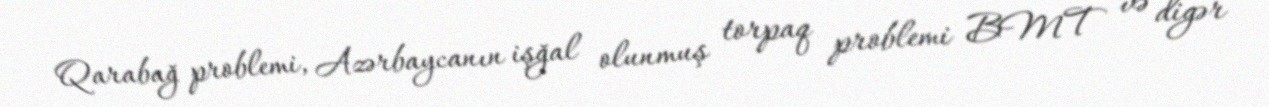
Qarabağ problemi, Azərbaycanın işğal olunmuş torpaq problemi BMT və digər